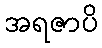
အရဇာပိ